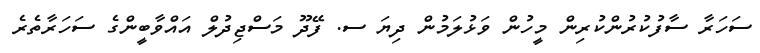
ސަހަރާ ސާފުކުރުންކުރިން މީހުން ވަޅުލަމުން ދިޔަ ސ. ފޭދޫ މަސްޖިދުލް އައްވާބީންގެ ސަހަރާތެރެ